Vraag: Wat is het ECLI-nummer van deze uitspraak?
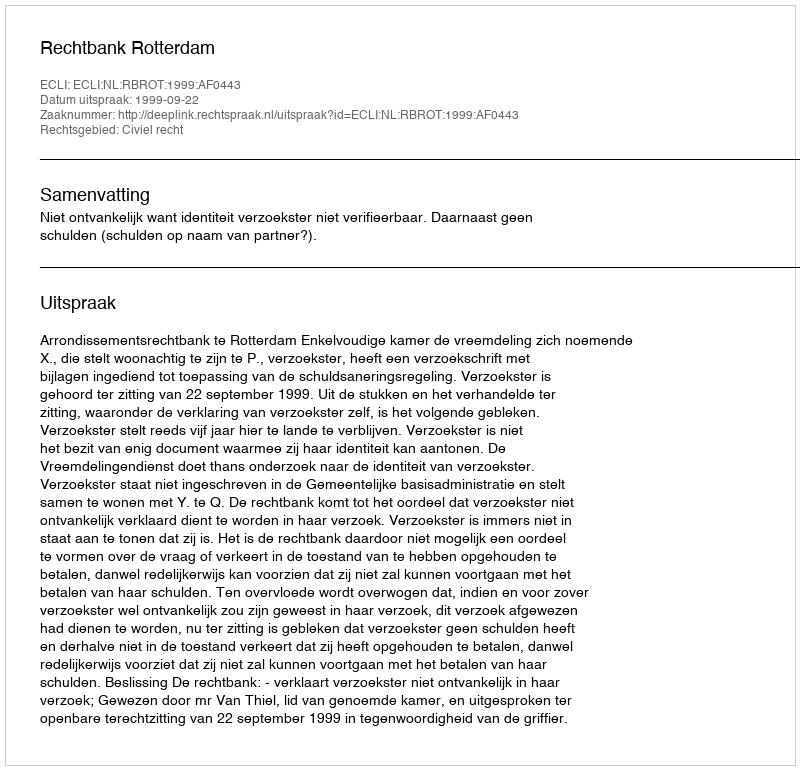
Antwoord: ECLI:NL:RBROT:1999:AF0443